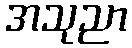
အသုညာ